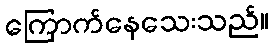
ကြောက်နေသေးသည်။